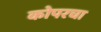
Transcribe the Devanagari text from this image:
कोपरचा